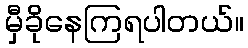
မှီခိုနေကြရပါတယ်။